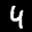
Label: 4